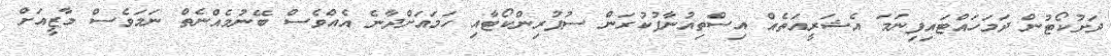
ދަށުކޯޓުން ދަމަހައްޓައިފިނަމަ އެޝަރީއަތެއް އިސްތިއުނާފުކުރަން ސުޕުރިންކޯޓާއި ހަމައަށްދާނެ އެއްވެސް ބޭނުމެއްނެތް ނަމަވެސް މާޒީއަށް